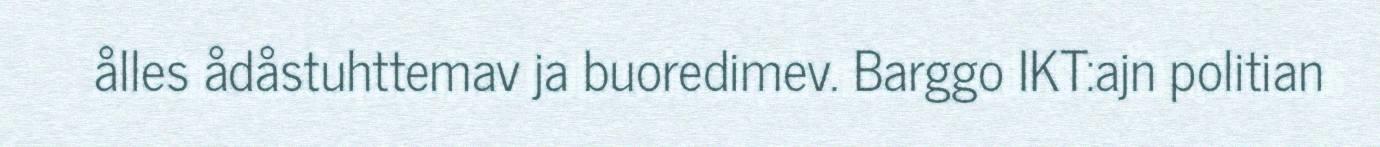
ålles ådåstuhttemav ja buoredimev. Barggo IKT:ajn politian